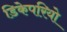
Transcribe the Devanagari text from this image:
डिकेपरियो